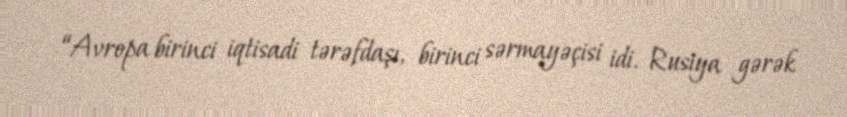
“Avropa birinci iqtisadi tərəfdaşı, birinci sərmayəçisi idi. Rusiya gərək